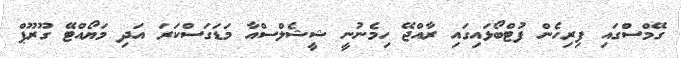
ގޭމްސްގައި ފިރިހެން ފުޓްބޯޅައިގައި ރާއްޖޭ ހިމެނުނީ ޝީޝެލްސްއާ މަޑަގަސްކަރަ އަދި މަޔޯއްޓޭ ގޫރޫޕް